Vaccination United Provinces of Agra and Oudh 1914-1922 - 1914-1922
Year: 1914
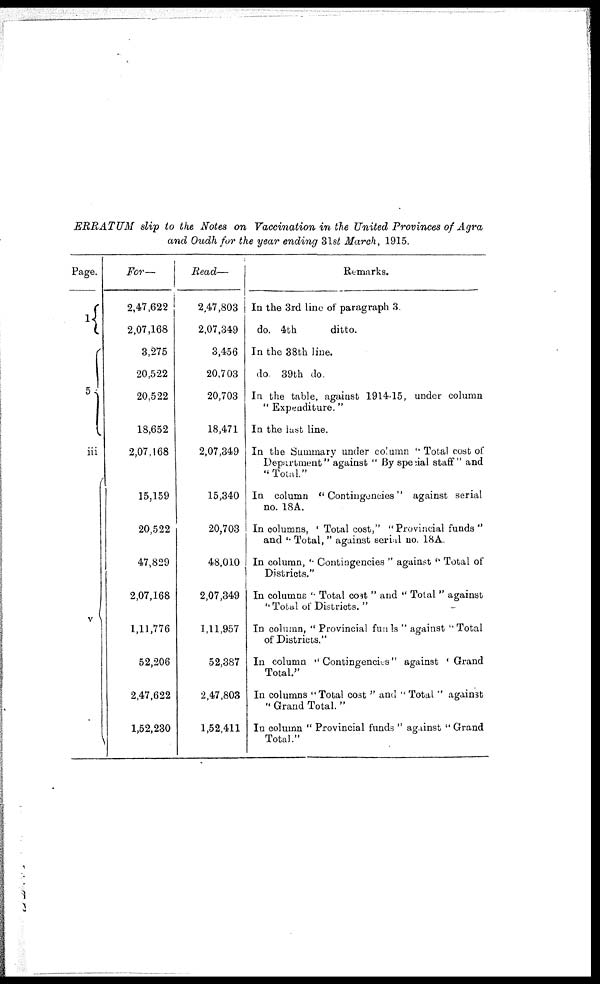
ERRATUM slip to the Notes on Vaccination in the United Provinces of Agra
and Oudh for the year ending 31st March, 1915.
Page.
1
5
iii
v
For—
2,47,622
2,07,168
3,275
20,522
20,522
18,652
2,07,168
15,159
20,522
47,829
2,07,168
1,11,776
52,206
2,47,622
1,52,230
Read—
2,47,803
2,07,349
3,456
20,703
20,703
18,471
2,07,349
15,340
20,703
48,010
2,07,349
1,11,957
52,387
2,47,803
1,52,411
Remarks.
In the 3rd line of paragraph 3.
do. 4th
ditto.
In the 38th line.
do. 39th do.
In the table, against 1914-15, under column
" Expenditure. "
In the last line.
In the Summary under column " Total cost of
Department" against " By special staff" and
"Total."
In column " Contingencies" against serial
no. 18A.
In columns, " Total cost," "Provincial funds"
and " Total, " against serial no. 18A.
In column, " Contingencies " against " Total of
Districts."
In columns " Total cost " and " Total " against
" Total of Districts. "
In column, " Provincial funds " against " Total
of Districts."
In column "Contingencies" against "Grand
Total."
In columns " Total cost '' and " Total " against
" Grand Total. "
In column " Provincial funds " against " Grand
Total."